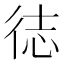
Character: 𪫍